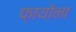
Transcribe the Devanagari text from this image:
फ़ायोना